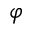
\varphi